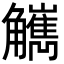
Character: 觽